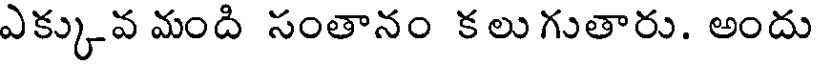
ఎక్కువ మంది సంతానం కలు గుతారు. అందు